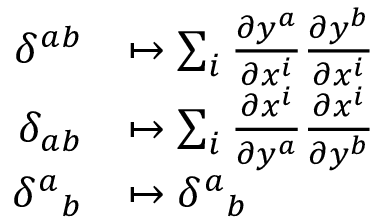
\begin{array} { r l } { \delta ^ { a b } } & { \mapsto \sum _ { i } \frac { \partial y ^ { a } } { \partial x ^ { i } } \frac { \partial y ^ { b } } { \partial x ^ { i } } } \\ { \delta _ { a b } } & { \mapsto \sum _ { i } \frac { \partial x ^ { i } } { \partial y ^ { a } } \frac { \partial x ^ { i } } { \partial y ^ { b } } } \\ { { \delta ^ { a } } _ { b } } & { \mapsto { \delta ^ { a } } _ { b } } \end{array}